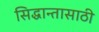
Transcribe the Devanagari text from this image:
सिद्धान्तासाठी